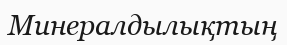
Минералдылықтың